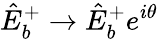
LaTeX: \hat{E}_{b}^{+}\rightarrow\hat{E}_{b}^{+}e^{i\theta}